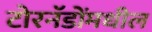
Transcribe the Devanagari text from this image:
टोरनॅडोंमधील